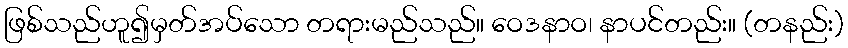
ဖြစ်သည်ဟူ၍မှတ်အပ်သော တရားမည်သည်။ ဝေဒနာဝ၊ နာပင်တည်း။ (တနည်း)